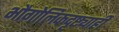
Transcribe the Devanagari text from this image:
भौगोलिकदृष्ट्याही